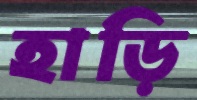
হাড়ি